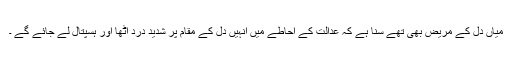
میاں دل کے مریض بھی تھے سنا ہے کہ عدالت کے احاطے میں انہیں دل کے مقام پر شدید درد اٹھا اور ہسپتال لے جائے گے ۔